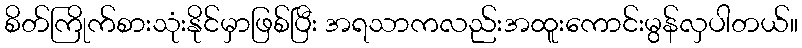
စိတ်ကြိုက်စားသုံးနိုင်မှာဖြစ်ပြီး အရသာကလည်းအထူးကောင်းမွန်လှပါတယ်။